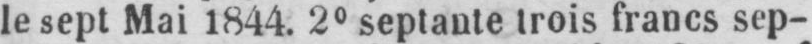
le sept Mai 1844. 2° septante trois francs sep-